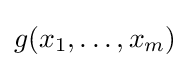
g(x_{1},\dots ,x_{m})